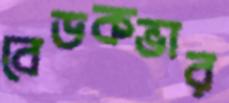
বেডকভার